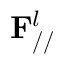
\mathbf { F } _ { / / } ^ { l }